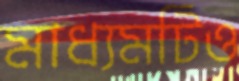
মাধ্যমটিও